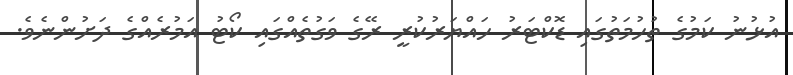
އުޅުނު ކަމުގެ ތުހުމަތުގައި ޑޮކްޓަރު ހައްޔަރުކުރީ ރޭގެ ވަގުތެއްގައި ކޯޓު އަމުރެއްގެ ދަށުންނެވެ.